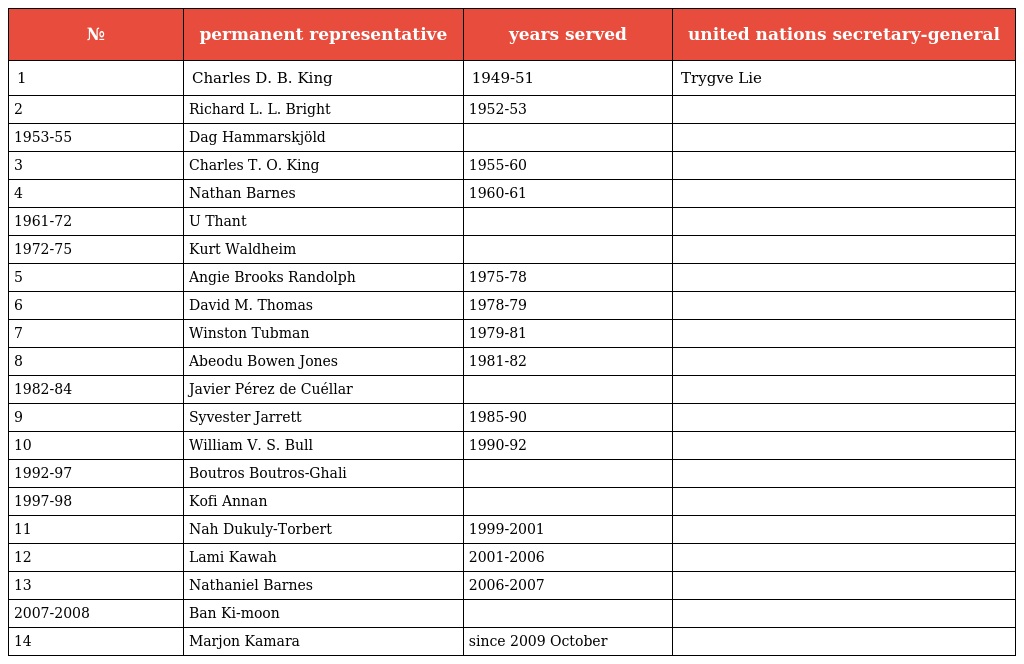
| № | permanent representative | years served | united nations secretary-general |
 | --- | --- | --- | --- |
 | 1 | Charles D. B. King | 1949-51 | Trygve Lie |
 | 2 | Richard L. L. Bright | 1952-53 |  |
 | 1953-55 | Dag Hammarskjöld |  |  |
 | 3 | Charles T. O. King | 1955-60 |  |
 | 4 | Nathan Barnes | 1960-61 |  |
 | 1961-72 | U Thant |  |  |
 | 1972-75 | Kurt Waldheim |  |  |
 | 5 | Angie Brooks Randolph | 1975-78 |  |
 | 6 | David M. Thomas | 1978-79 |  |
 | 7 | Winston Tubman | 1979-81 |  |
 | 8 | Abeodu Bowen Jones | 1981-82 |  |
 | 1982-84 | Javier Pérez de Cuéllar |  |  |
 | 9 | Syvester Jarrett | 1985-90 |  |
 | 10 | William V. S. Bull | 1990-92 |  |
 | 1992-97 | Boutros Boutros-Ghali |  |  |
 | 1997-98 | Kofi Annan |  |  |
 | 11 | Nah Dukuly-Torbert | 1999-2001 |  |
 | 12 | Lami Kawah | 2001-2006 |  |
 | 13 | Nathaniel Barnes | 2006-2007 |  |
 | 2007-2008 | Ban Ki-moon |  |  |
 | 14 | Marjon Kamara | since 2009 October |  |